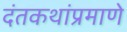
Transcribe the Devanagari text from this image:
दंतकथांप्रमाणे